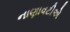
નાણાવટીએ